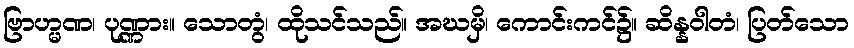
ဗြာဟ္မဏ၊ ပုဏ္ဏား။ သောတွံ၊ ထိုသင်သည်။ အဃမှိ၊ ကောင်းကင်၌။ ဆိန္နဝါတံ၊ ပြတ်သော